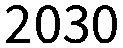
2030